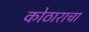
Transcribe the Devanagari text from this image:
कोठाराचा